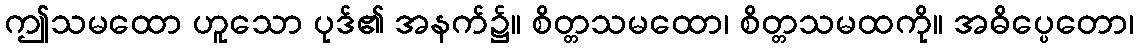
ဤသမထော ဟူသော ပုဒ်၏ အနက်၌။ စိတ္တသမထော၊ စိတ္တသမထကို။ အဓိပ္ပေတော၊